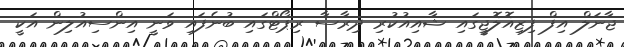
ޖާނަލް އިފް ފިޒިއޮލޮޖީގައި ޝާއިއުކުރި ދިރާސާ ރިޕޯޓްގައި ބުނެފައި ވަނީ އިންސިއުލިން އަކީ